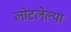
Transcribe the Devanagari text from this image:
लोटलेल्या